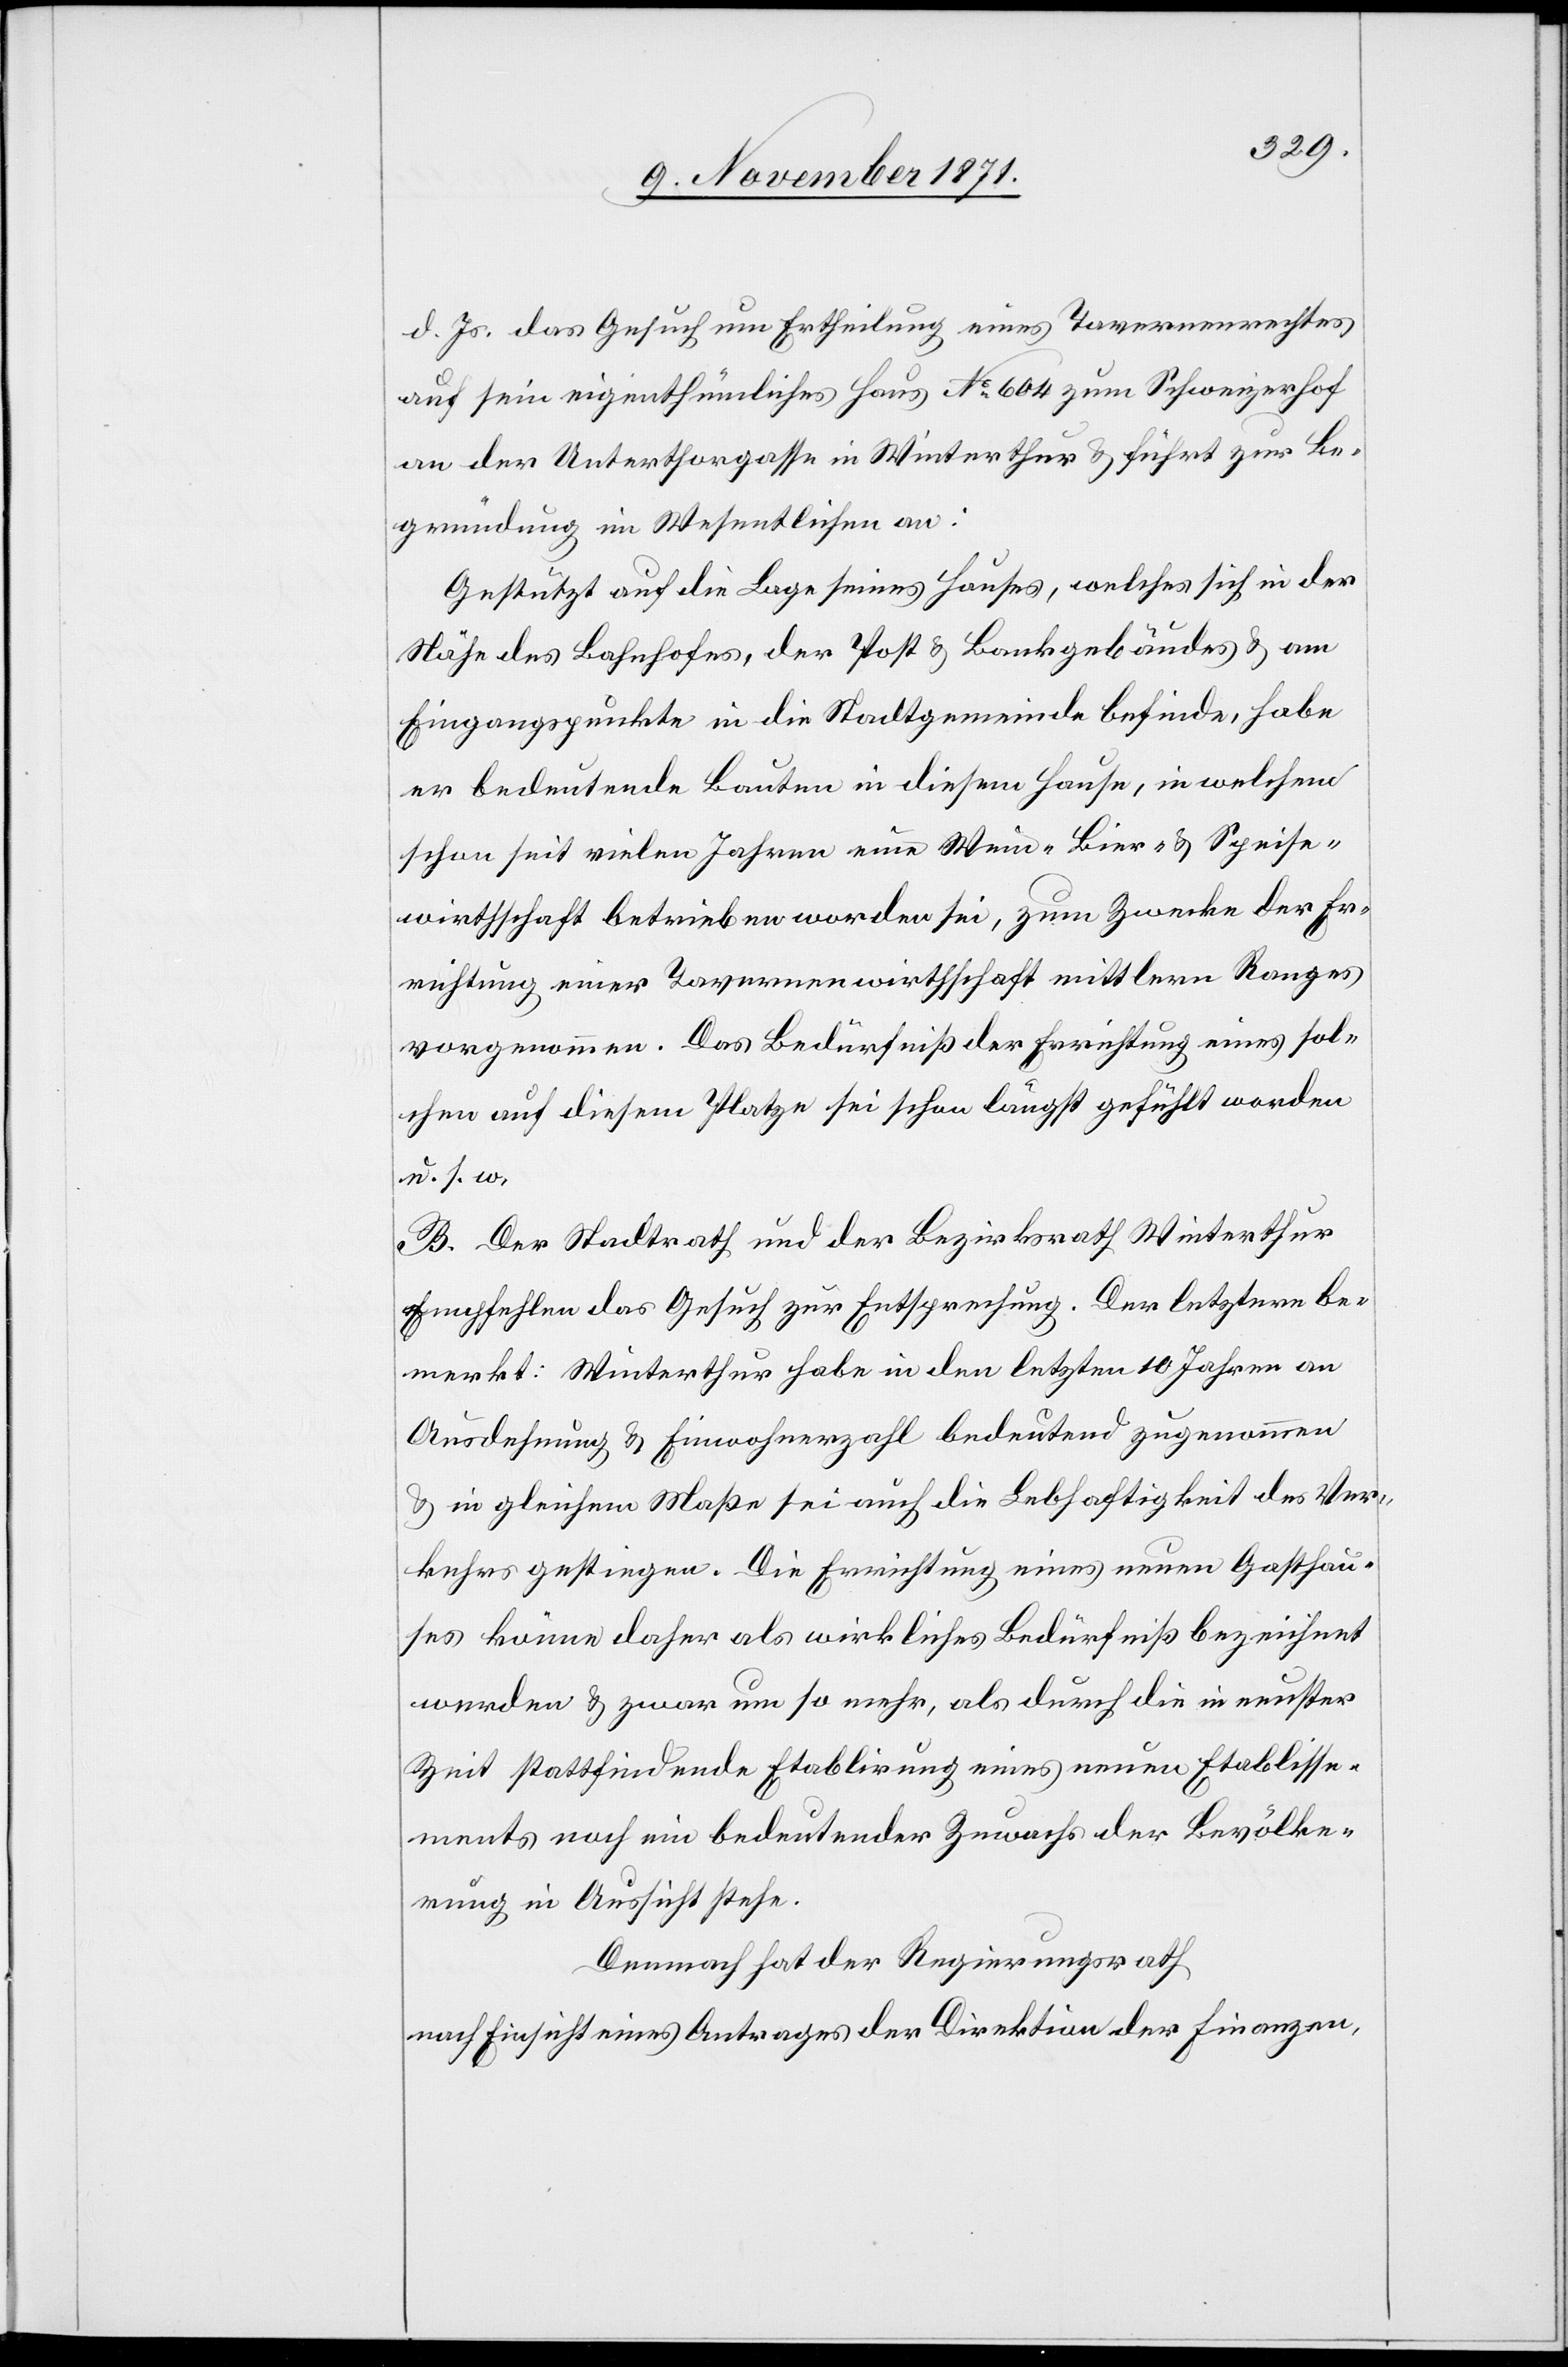
d. Js. das Gesuch um Ertheilung eines Tavernenrechtes
auf sein eigenthümliches Haus No 604 zum Schweizerhof
an der Unterthorgasse in Winterthur & führt zur Be¬
gründung im Wesentlichen an:
Gestützt auf die Lage seines Hauses, welches sich in der
Nähe des Bahnhofes, der Post & Bankgebäudes & am
Eingangspunkte in die Stadtgemeinde befinde, habe
er bedeutende Bauten in diesem Hause, in welchem
schon seit vielen Jahren nur Wein-[,] Bier- & Speise¬
wirthschaft betrieben worden sei, zum Zwecke der Er¬
richtung einer Tavernenwirthschaft mittlern Ranges
vorgenommen. Das Bedürfniß der Errichtung eines sol¬
chen auf diesem Platze sei schon längst gefühlt worden
u. s. w.
B. Der Stadtrath und der Bezirksrath Winterthur
empfehlen das Gesuch zur Entsprechung. Der letztere be¬
merkt: Winterthur habe in den letzten 10 Jahren an
Ausdehnung & Einwohnerzahl bedeutend zugenommen
& in gleicher Maße sei auch die Lebhaftigkeit des Ver¬
kehrs gestiegen. Die Errichtung eines neuen Gasthau¬
ses könne daher als wirkliches Bedürfniß bezeichnet
werden & zwar um so mehr, als durch die in neuster
Zeit stattfindende Etablirung eines neuen Etablisse¬
ments noch ein bedeutender Zuwachs der Bevölke¬
rung in Aussicht stehe.
Demnach hat der Regierungsrath
nach Einsicht eines Antrages der Direktion der Finanzen,